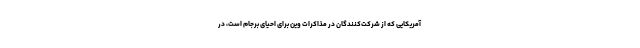
آمریکایی که از شرکت‌کنندگان در مذاکرات وین برای احیای برجام است، در